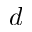
d